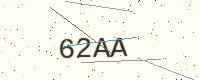
Text: 62AA